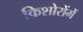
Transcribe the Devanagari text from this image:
किशोरोंमें